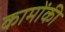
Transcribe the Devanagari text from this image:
कामोंकी